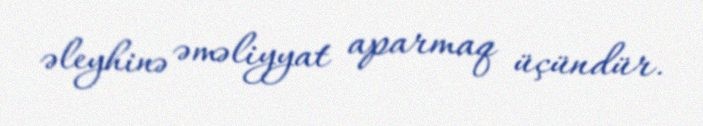
əleyhinə əməliyyat aparmaq üçündür.